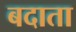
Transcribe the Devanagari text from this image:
बदाता